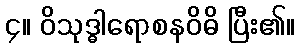
၄။ ဝိသုဒ္ဓါရောစနဝိဓိ ပြီး၏။